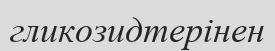
гликозидтерінен